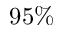
9 5 \%